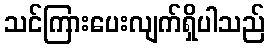
သင်ကြားပေးလျက်ရှိပါသည်